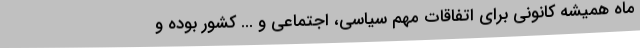
ماه همیشه کانونی برای اتفاقات مهم سیاسی، اجتماعی و ... کشور بوده و